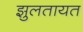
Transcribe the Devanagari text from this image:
झुलतायत